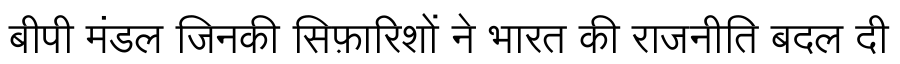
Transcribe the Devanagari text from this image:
बीपी मंडल जिनकी सिफ़ारिशों ने भारत की राजनीति बदल दी